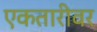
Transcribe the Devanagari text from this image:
एकतारीवर